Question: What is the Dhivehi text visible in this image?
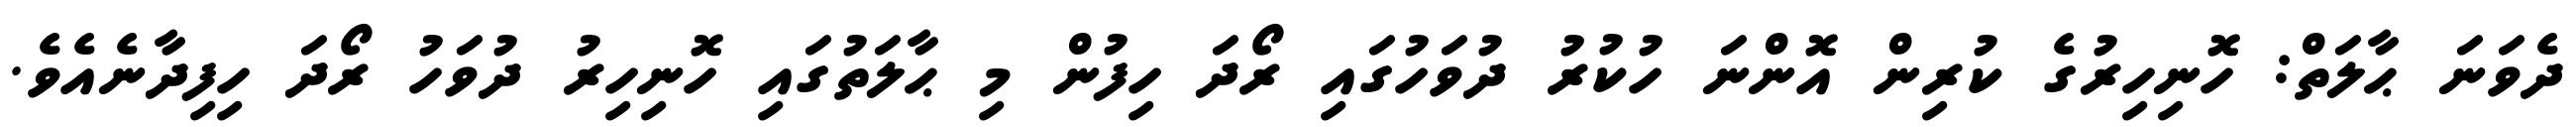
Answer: ދެވަނަ ޙާލަތް: ހޮނިހިރުގެ ކުރިން އޮންނަ ހުކުރު ދުވަހުގައި ރޯދަ ހިފުން މި ޙާލަތުގައި ހޮނިހިރު ދުވަހު ރޯދަ ހިފިދާނެއެވެ.